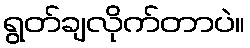
ရွတ်ချလိုက်တာပဲ။